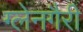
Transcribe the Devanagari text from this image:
ग्लेनगैरी